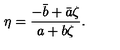
\eta = \frac { - \bar { b } + \bar { a } \zeta } { a + b \zeta } .